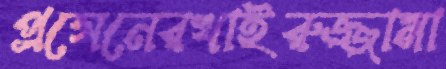
প্রসেনেরখাইরুজ্জামা